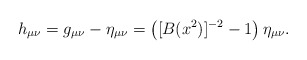
\begin{align*}h_{\mu\nu} = g_{\mu\nu} - \eta_{\mu\nu} =\left ([B(x^2)]^{-2} - 1\right ) \eta_{\mu\nu}.\end{align*}